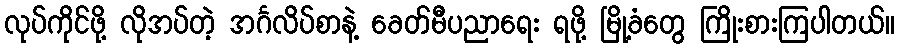
လုပ်ကိုင်ဖို့ လိုအပ်တဲ့ အင်္ဂလိပ်စာနဲ့ ခေတ်မီပညာရေး ရဖို့ မြို့ခံတွေ ကြိုးစားကြပါတယ်။